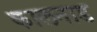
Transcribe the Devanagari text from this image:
कालनाड